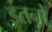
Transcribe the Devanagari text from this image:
इतनो